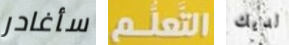
سأغادر التعلم لديك